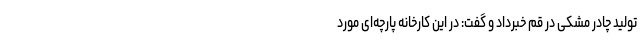
تولید چادر مشکی در قم خبرداد و گفت: در این کارخانه پارچه‌ای مورد